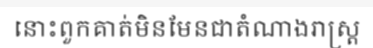
នោះពួកគាត់មិនមែនជាតំណាងរាស្ត្រ